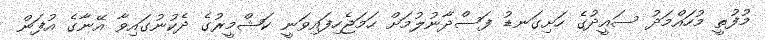
މުފުތީ މުހައްމަދު ސައީދުގެ ހަށިގަނޑު ފަސްދާނުލުމަށް ހަމަޖެހިފައިވަނީ ކަޝްމީރުގެ ދެކުނުގައިވާ އޭނާގެ އުފަން